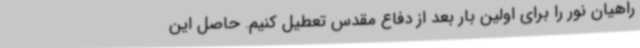
راهیان نور را برای اولین بار بعد از دفاع مقدس تعطیل کنیم. حاصل این